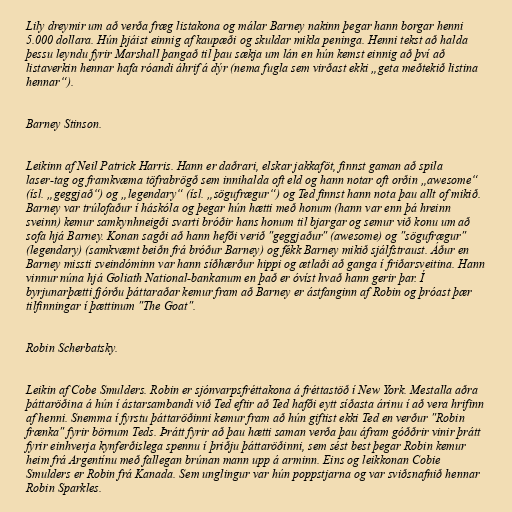
Lily dreymir um að verða fræg listakona og málar Barney nakinn þegar hann borgar henni
5.000 dollara. Hún þjáist einnig af kaupæði og skuldar mikla peninga. Henni tekst að halda
þessu leyndu fyrir Marshall þangað til þau sækja um lán en hún kemst einnig að því að
listaverkin hennar hafa róandi áhrif á dýr (nema fugla sem virðast ekki „geta meðtekið listina
hennar“).

Barney Stinson.

Leikinn af Neil Patrick Harris. Hann er daðrari, elskar jakkaföt, finnst gaman að spila
laser-tag og framkvæma töfrabrögð sem innihalda oft eld og hann notar oft orðin „awesome“
(ísl. „geggjað“) og „legendary“ (ísl. „sögufrægur“) og Ted finnst hann nota þau allt of mikið.
Barney var trúlofaður í háskóla og þegar hún hætti með honum (hann var enn þá hreinn
sveinn) kemur samkynhneigði svarti bróðir hans honum til bjargar og semur við konu um að
sofa hjá Barney. Konan sagði að hann hefði verið "geggjaður" (awesome) og "sögufrægur"
(legendary) (samkvæmt beiðn frá bróður Barney) og fékk Barney mikið sjálfstraust. Áður en
Barney missti sveindóminn var hann síðhærður hippi og ætlaði að ganga í friðarsveitina. Hann
vinnur núna hjá Goliath National-bankanum en það er óvíst hvað hann gerir þar. Í
byrjunarþætti fjórðu þáttaraðar kemur fram að Barney er ástfanginn af Robin og þróast þær
tilfinningar í þættinum "The Goat".

Robin Scherbatsky.

Leikin af Cobe Smulders. Robin er sjónvarpsfréttakona á fréttastöð í New York. Mestalla aðra
þáttaröðina á hún í ástarsambandi við Ted eftir að Ted hafði eytt síðasta árinu í að vera hrifinn
af henni. Snemma í fyrstu þáttaröðinni kemur fram að hún giftist ekki Ted en verður "Robin
frænka" fyrir börnum Teds. Þrátt fyrir að þau hætti saman verða þau áfram góððrir vinir þrátt
fyrir einhverja kynferðislega spennu í þriðju þáttaröðinni, sem sést best þegar Robin kemur
heim frá Argentínu með fallegan brúnan mann upp á arminn. Eins og leikkonan Cobie
Smulders er Robin frá Kanada. Sem unglingur var hún poppstjarna og var sviðsnafnið hennar
Robin Sparkles.